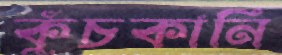
কুঁচকানি